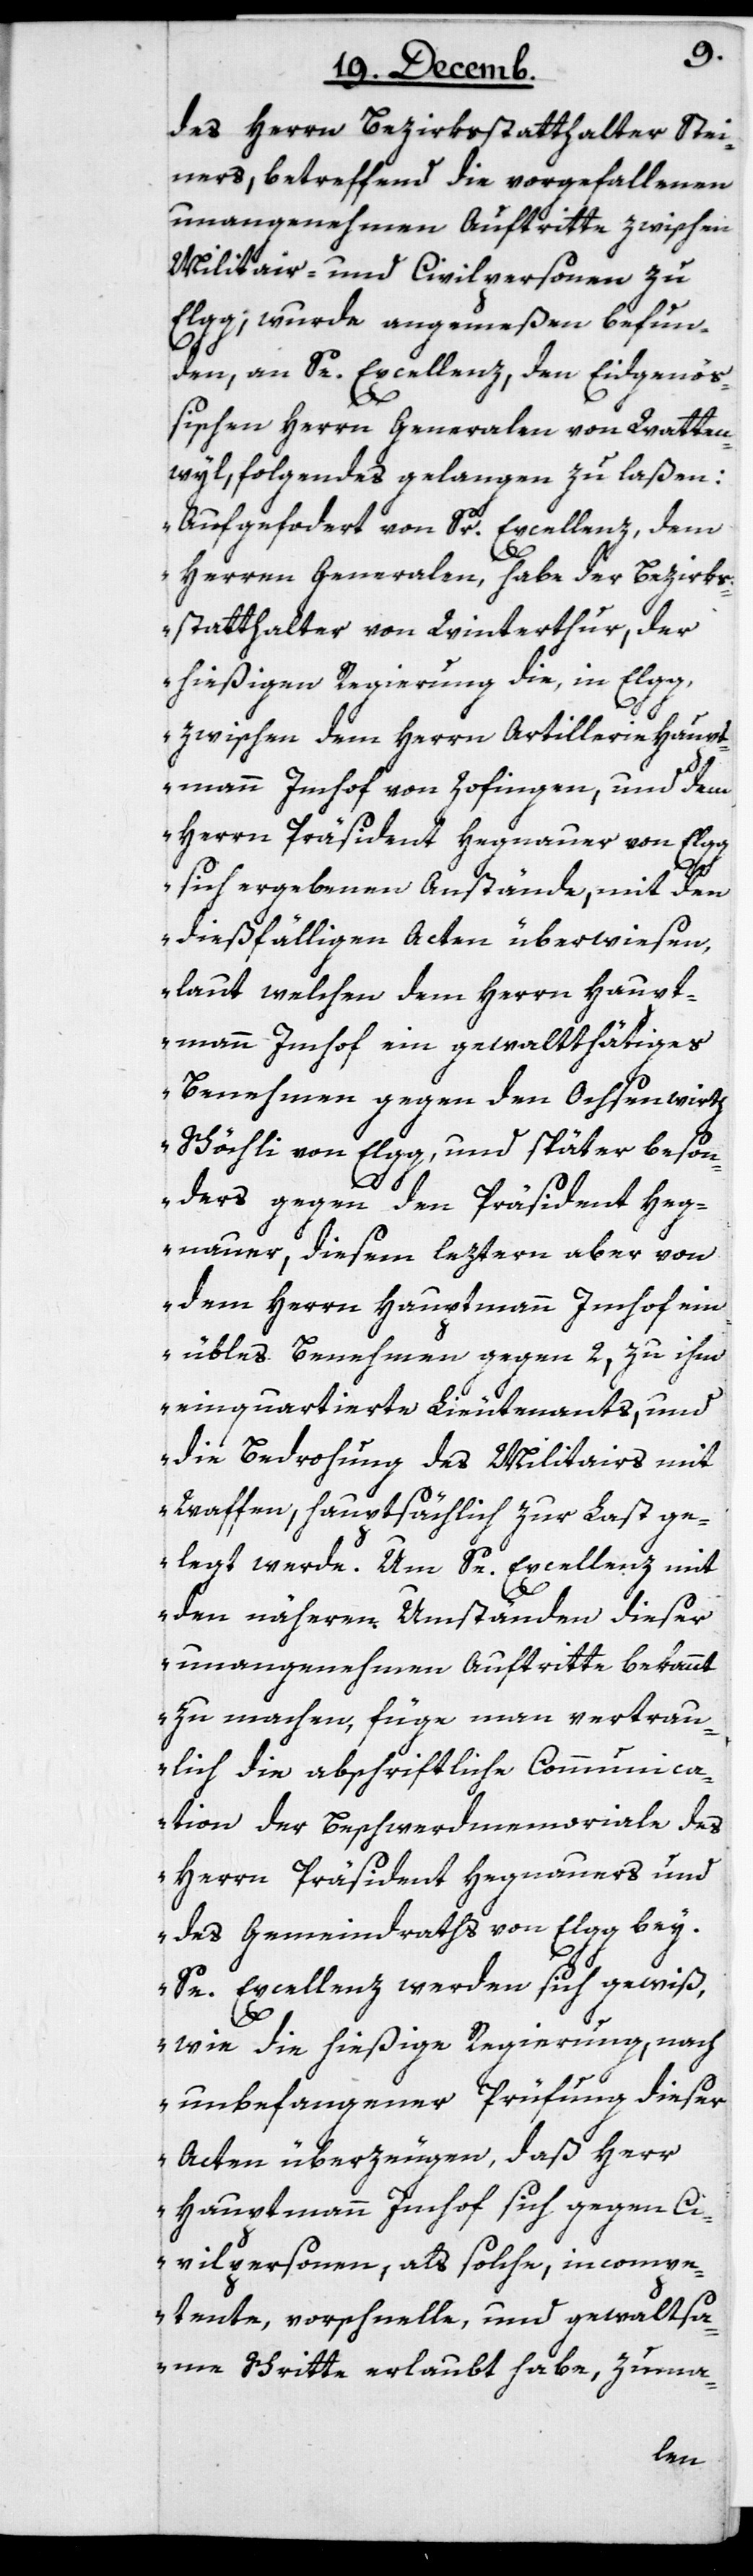
des Herrn Bezirkstatthalter Stei¬
ners, betreffend die vorgefallenen
unangenehmen Auftritte zwischen
Militair- und Civilpersonen zu
Elgg, wurde angemeßen befun¬
den, an Se. Excellenz, den Eidgenöß¬
ischen Herrn Generalen von Watten¬
wyl, folgendes gelangen zu laßen:
„Aufgefordert von Sr. Excellenz, dem
Herrn Generalen, habe der Bezirks¬
statthalter von Winterthur, der
hießigen Regierung die in Elgg,
zwischen dem Herrn Artilleriehaup¬
tmann Imhof von Zofingen, und dem
Herrn Präsident Hegnauer von Elgg
sich ergebenen Anstände, mit den
dießfälligen Acten überwiesen,
laut welchen dem Herrn Haupt¬
mann Imhof ein gewaltthätiges
Benehmen gegen den Ochsenwirth
Schöchli von Elgg, und später beson¬
ders gegen den Präsident Heg¬
nauer, diesem leztern aber von
dem Herrn Hauptmann Imhof ein
übles Benehmen gegen 2, zu ihm
einquartierte Lieutenants, und
die Bedrohung des Militairs mit
Waffen, hauptsächlich zur Last ge¬
legt werde. Um Se. Excellenz mit
den nähern Umständen dieser
unangenehmen Auftritte bekannt
zu machen, füge man vertrau¬
lich die abschriftliche Communica¬
tion der Beschwerdmemoriale des
Herrn Präsident Hegnauers und
des Gemeindraths von Elgg bey.
Se. Excellenz werden sich gewiß,
wie die hießige Regierung, nach
unbefangener Prüffung dieser
Acten überzeugen, daß Herr
Hauptmann Imhof sich gegen Ci¬
vilpersonen als solche, incompe¬
tente, vorschnelle und gewaltsa¬
me Schritte erlaubt habe, zuma-